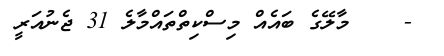
-    މާލޭގެ ބައެއް މިސްކިތްތައްމާލެ 31 ޖެނުއަރީ